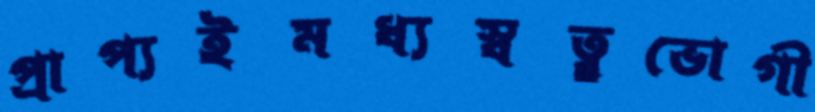
প্রাপ্যইমধ্যস্বত্ব্বভোগী